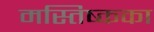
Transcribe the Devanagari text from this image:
मस्तिष्कका